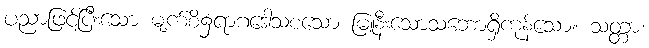
ပညာဖြင့်ပြီးသော မျက်စိ၌ရာဂဒေါသစသော မြူနီးသောသဘောရှိကုန်သော။ သတ္တာ၊